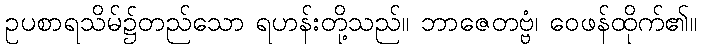
ဥပစာရသိမ်၌တည်သော ရဟန်းတို့သည်။ ဘာဇေတဗ္ဗံ၊ ဝေဖန်ထိုက်၏။